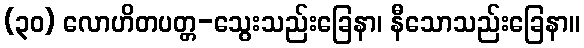
(၃၀) လောဟိတပတ္တ-သွေးသည်းခြေနာ၊ နီသောသည်းခြေနာ။